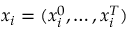
\boldsymbol { x } _ { i } = ( x _ { i } ^ { 0 } , \ldots , x _ { i } ^ { T } )